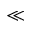
\ll